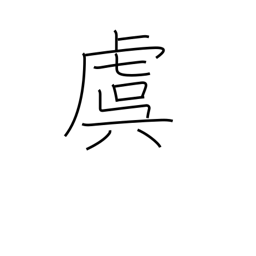
Meaning: concern